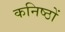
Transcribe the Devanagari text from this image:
कनिष्ठों